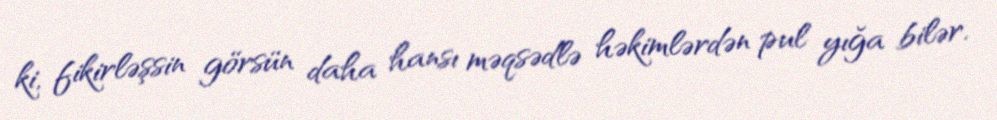
ki, fikirləşsin görsün daha hansı məqsədlə həkimlərdən pul yığa bilər.